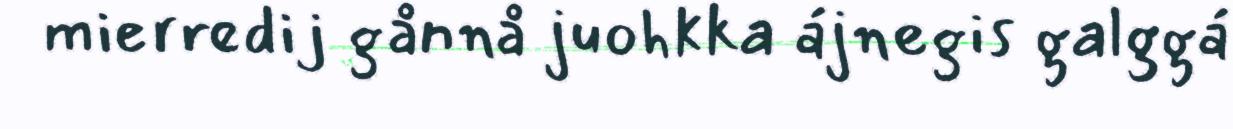
mierredij gånnå juohkka ájnegis galggá